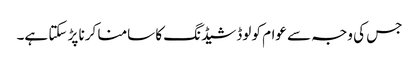
جس کی وجہ سے عوام کو لوڈشیڈنگ کا سامنا کرنا پڑ سکتا ہے۔